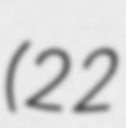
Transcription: (22